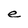
Character: e